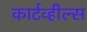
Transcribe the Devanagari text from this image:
कार्टव्हील्स